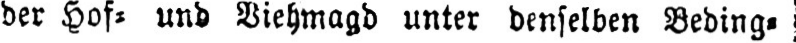
der Hof⸗ und Viehmagd unter denselben Beding⸗